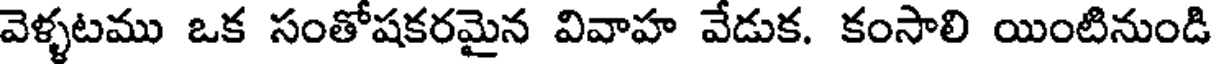
వెళ్ళటము ఒక సంతోషకరమైన వివాహ వేడుక. కంసాలి యింటినుండి